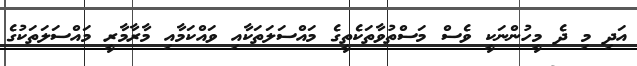
އަދި މި ދެ މީހުންނަކީ ވެސް މަސްތުވާތަކެތީގެ މައްސަލަތަކާއި ވައްކަމާއި މާރާމާރީ މައްސަލަތަކުގެ